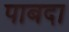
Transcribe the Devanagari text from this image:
पाबदा